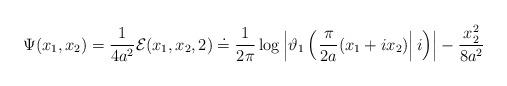
LaTeX: \begin{align*} \Psi(x_{1},x_{2})=\dfrac{1}{4a^{2}}\mathcal{E}(x_{1},x_{2},2)\doteq\frac{1}{2\pi}\log \left| \vartheta_{1}\left( \left. \frac{\pi}{2a}(x_{1}+ix_{2}) \right| i \right)\right| -\dfrac{x_{2}^{2}}{8a^{2}}\end{align*}